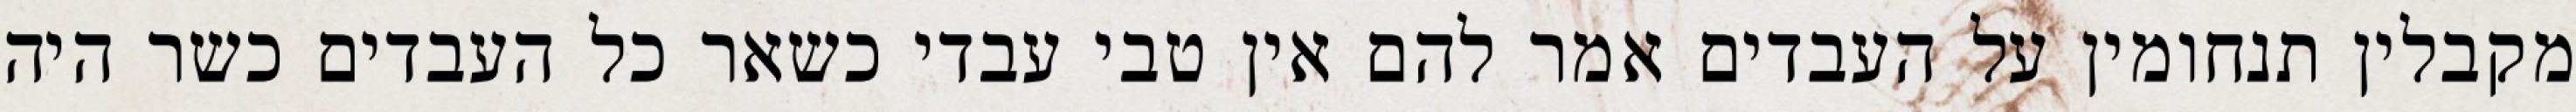
מקבלין תנחומין על העבדים אמר להם אין טבי עבדי כשאר כל העבדים כשר היה